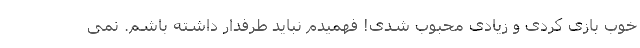
خوب بازی کردی و زیادی محبوب شدی! فهمیدم نباید طرفدار داشته باشم. نمی